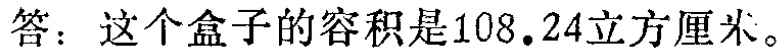
答：这个盒子的容积是$108.24$立方厘米。